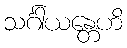
သင်္ဂါယန္တေဟိ